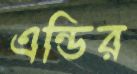
এন্ডির